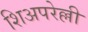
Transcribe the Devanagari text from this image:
शिअपरेल्ली